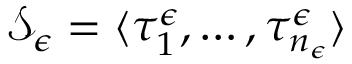
\mathcal { S } _ { \epsilon } = \langle \tau _ { 1 } ^ { \epsilon } , \dots , \tau _ { n _ { \epsilon } } ^ { \epsilon } \rangle